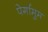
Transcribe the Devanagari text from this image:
पेर्गामुम